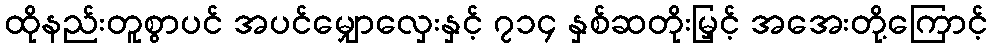
ထိုနည်းတူစွာပင် အပင်မျှောလှေးနှင့် ၇၁၄ နှစ်ဆတိုးမြှင့် အအေးတို့ကြောင့်